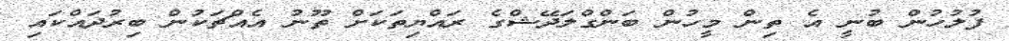
ފުލުހުން ބުނީ އެ ތިން މީހުން ބަންގްލަދޭޝްގެ ރައްޔިތަކަށް ތޫނު އެއްޗަކުން ބިރުދައްކައި